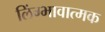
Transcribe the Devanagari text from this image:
लिंग्भावात्मक